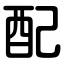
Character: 配